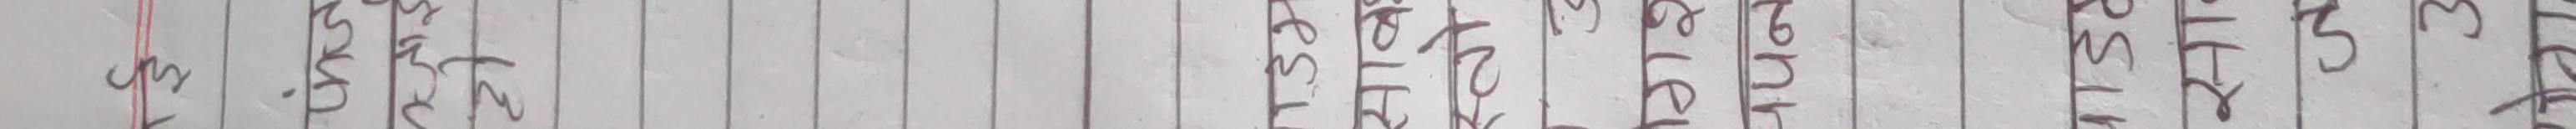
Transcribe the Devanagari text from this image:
१ उस्ले मात्र